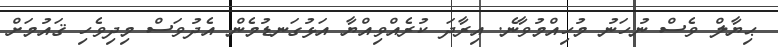
ޙިޔާލް ވެސް ނުހަނު މުހިއްމުވާނެ. އިރާދަ ކުރެއްވިއްޔާ އަޅުގަނޑުމެން އެދުވަސް މިދިވެހި ޤައުމަށް